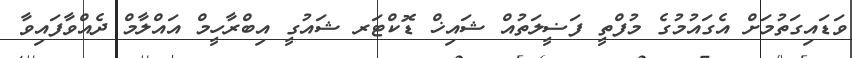
ވަޑައިގަތުމަށް އެގައުމުގެ މުފްތީ ފަޟީލަތުއް ޝައިޚް ޑޮކްޓަރ ޝައުގީ އިބްރާހީމް އައްލާމް ދެއްވާފައިވާ